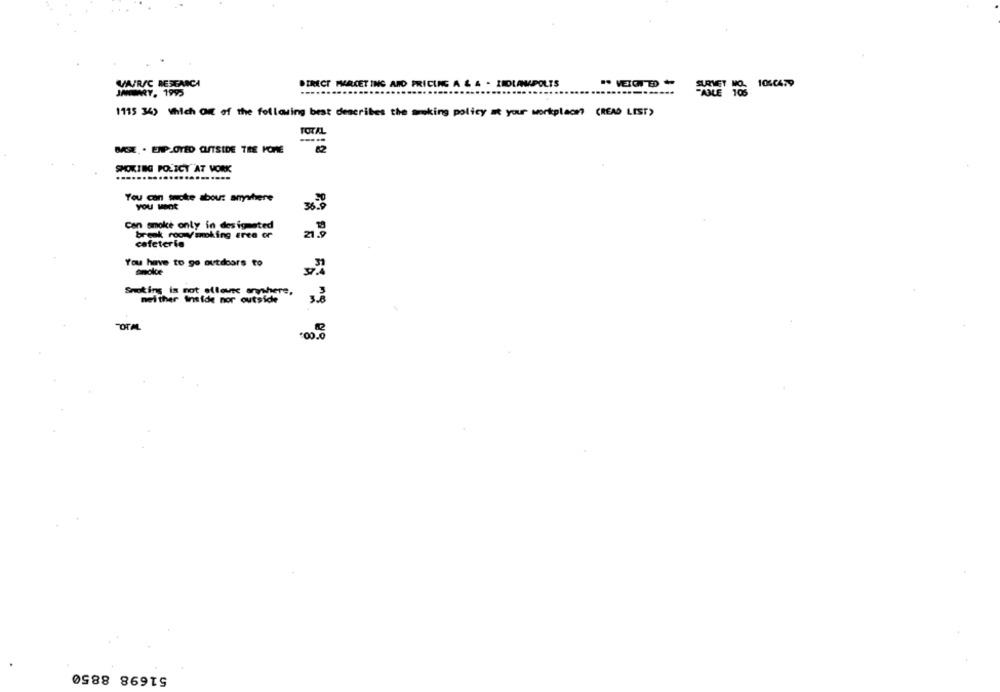
VARSC RESEARCH
DIRECT PMARCET ING AND PRICING A & A . INDLAMPOLTS
QLETOS
1060459
JANUARY. 1995
1915 34) Which Out of the following best describes the smoking policy at your workplace (READ LIST)
TOTAL
MISE . ENPLOYED OUTSIDE THE HOME
82
SMOKING POLICY AT VORK
You can smoke about anywhere
YOU want
36.9
Can smoke only in designated
break roo ymoking eree or
21.9
cafeteria
You have to go outdoors to
Smoking is not allowse anywhere,
neither Intide nor outside
TOTAL
51698 8850